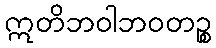
ဣတိဘဝါဘဝတဉ္စ